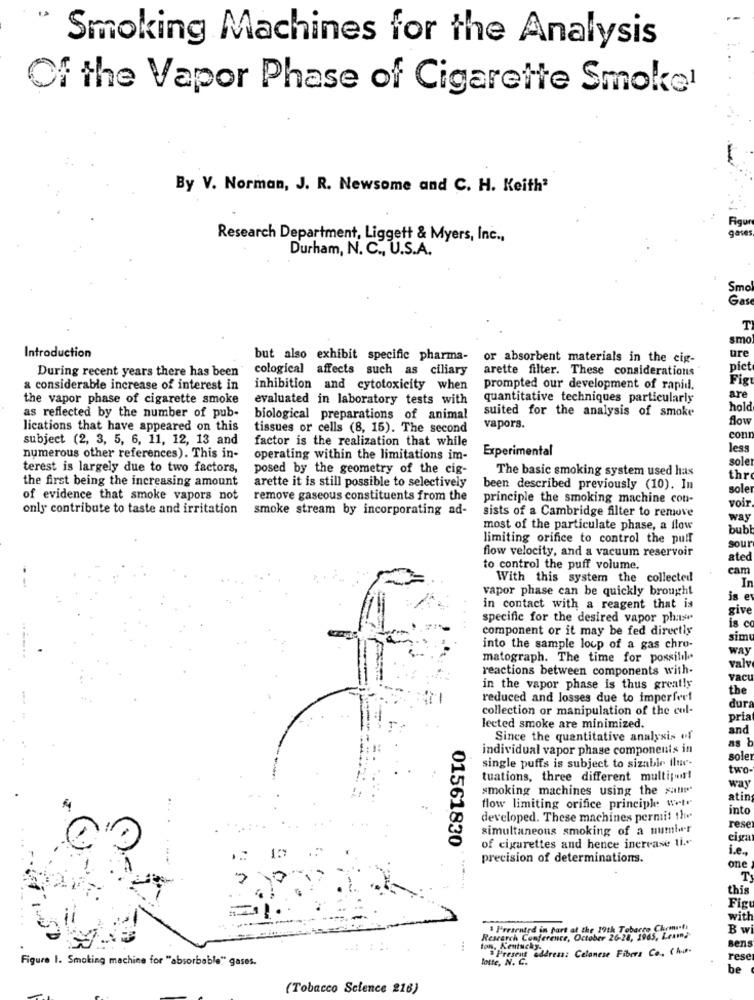
Smoking Machines for the Analysis
Of the Vapor Phase of Cigarette Smokel
By V. Norman, J. R. Newsome and C. H. Keith'
Figu
gaves
Research Department, Liggett & Myers, Inc .,
Durham, N. C ., U.S.A.
Gas
T
smo
ure
Introduction
but also exhibit specific pharma-
or absorbent materials in the cig-
During recent years there has been " cological affects such as ciliary
arette filter. These considerations"
pict
Fig
a considerable increase of interest in
inhibition and cytotoxicity when
prompted our development of rapid.
the vapor phase of cigarette smoke
evaluated in laboratory tests with
quantitative techniques particularly
are
suited for the analysis of smoke
hold
as reflected by the number of pub-
biological preparations of animal
Bow
lications that have appeared on this
tissues or cells (8, 15). The second
vapors.
subject (2, 3, 5, 6, 11, 12, 13 and
factor is the realization that while
cont
Experimental
less
numerous other references). This in-
operating within the limitations im-
sole
terest is largely due to two factors,
posed by the geometry of the cig-
The basic smoking system used has
the first being the increasing amount
arette it is still possible to selectively
thr
been described previously (10). In
sole
of evidence that smoke vapors not
remove gaseous constituents from the
principle the smoking machine con-
voir
only contribute to taste and irritation
smoke stream by incorporating ad-
sists of a Cambridge filter to remove
way
most of the particulate phase, a flow
bub
limiting orifice to control the puff
sour
flow velocity, and a vacuum reservoir
ated
to control the puff volume.
cam
With this system the collected
Ir
vapor phase can be quickly brought
is e
in contact with a reagent that is
give
specific for the desired vapor phase
is c
component or it may be fed directly
sim
into the sample loup of a gas chro-
way
matograph. The time for possilil
reactions between components with-
vah
yact
in the vapor phase is thus greatly
the
reduced and losses due to imperferl
dura
collection or manipulation of the cul-
pria
lected smoke are minimized.
and
Since the quantitative analysis of
as b
individual vapor phase components in
sole
single puffs is subject to sizable flue-
two-
tuations, three different multi ;.!!
smoking machines using the xatt
way
atin
flow limiting orifice principle wtr
into
developed. These machines permit the
simultaneous smoking of a number
rese
01561830
eiga
of cigarettes and hence increase ti."
i.e ..
precision of determinations.
one
T
this
Fig
with
Presented in part at the 19th Tobacco Chemnit
B wi
Research Conference, October 26-28, 19
26-28, 1965, Lesmn)-
Bens
ton, Kentucky.
Present address: Celanese Fibers Co. ( har.
Figure 1. Smoking machine for "absorbable" gases.
lotte, N. C.
rese
be
(Tobacco Science 216)